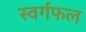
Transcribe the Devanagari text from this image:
स्वर्गफल